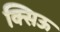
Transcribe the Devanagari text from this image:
क्सिऊ